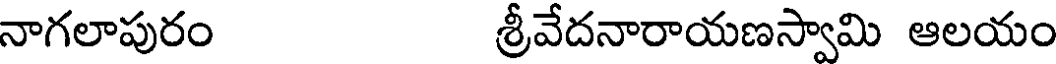
నాగలాపురం శ్రీవేదనారాయణస్వామి ఆలయం